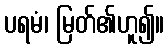
ပရမံ၊ မြတ်၏ဟူ၍။